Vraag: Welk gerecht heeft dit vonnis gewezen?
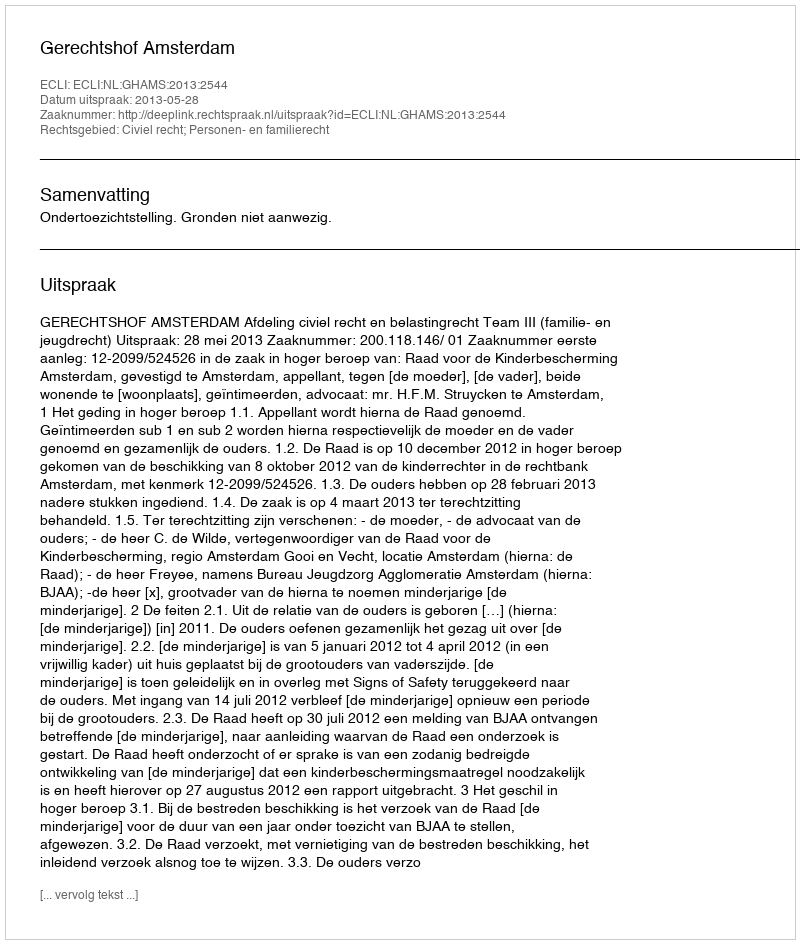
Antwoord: Gerechtshof Amsterdam